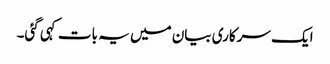
ایک سرکاری بیان میں یہ بات کہی گئی۔